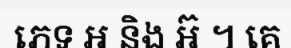
ភេទ អ និង អ៊ ។ គេ